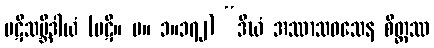
ပဋိသမ္ဘိဒါယံ (ပဋိ။ မ။ ၁။၁၇၂) “ဒီဃံ အဿာသဝသေန စိတ္တဿ